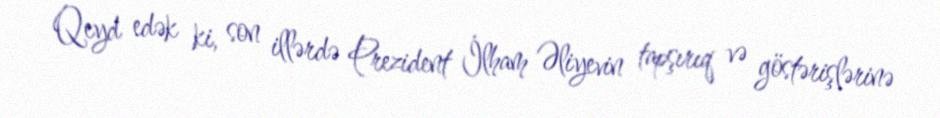
Qeyd edək ki, son illərdə Prezident İlham Əliyevin tapşırıq və göstərişlərinə